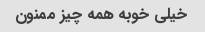
خیلی خوبه همه چیز ممنون